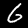
Label: 6